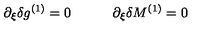
\partial _ { \xi } \delta g ^ { ( 1 ) } = 0 \qquad \quad \partial _ { \xi } \delta M ^ { ( 1 ) } = 0